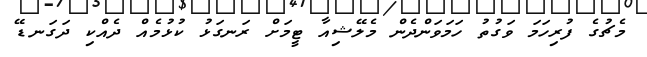
މެޗުގެ ފުރިހަމަ ވަގުތު ހަމަވަންދެން މެލޭޝިއާ ޓީމަށް ރަނގަޅު ކުޅުމެއް ދެއްކި ދަގަނޑޭ